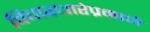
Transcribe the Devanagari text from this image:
विचारधारेप्रमाणे